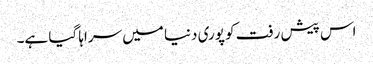
اس پیش رفت کو پوری دنیا میں سراہا گیا ہے۔